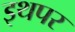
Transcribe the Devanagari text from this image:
इथपर